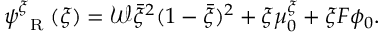
\psi _ { \mathrm { ~ \tiny ~ R ~ } } ^ { \xi } ( \xi ) = \mathcal { W } \bar { \xi } ^ { 2 } ( 1 - \bar { \xi } ) ^ { 2 } + \xi \mu _ { 0 } ^ { \xi } + \xi F \phi _ { 0 } .